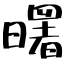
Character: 曙